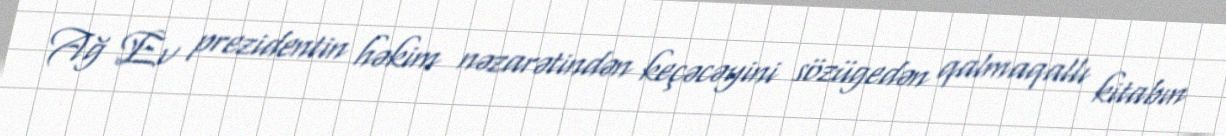
Ağ Ev prezidentin həkim nəzarətindən keçəcəyini sözügedən qalmaqallı kitabın